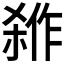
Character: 𭫇